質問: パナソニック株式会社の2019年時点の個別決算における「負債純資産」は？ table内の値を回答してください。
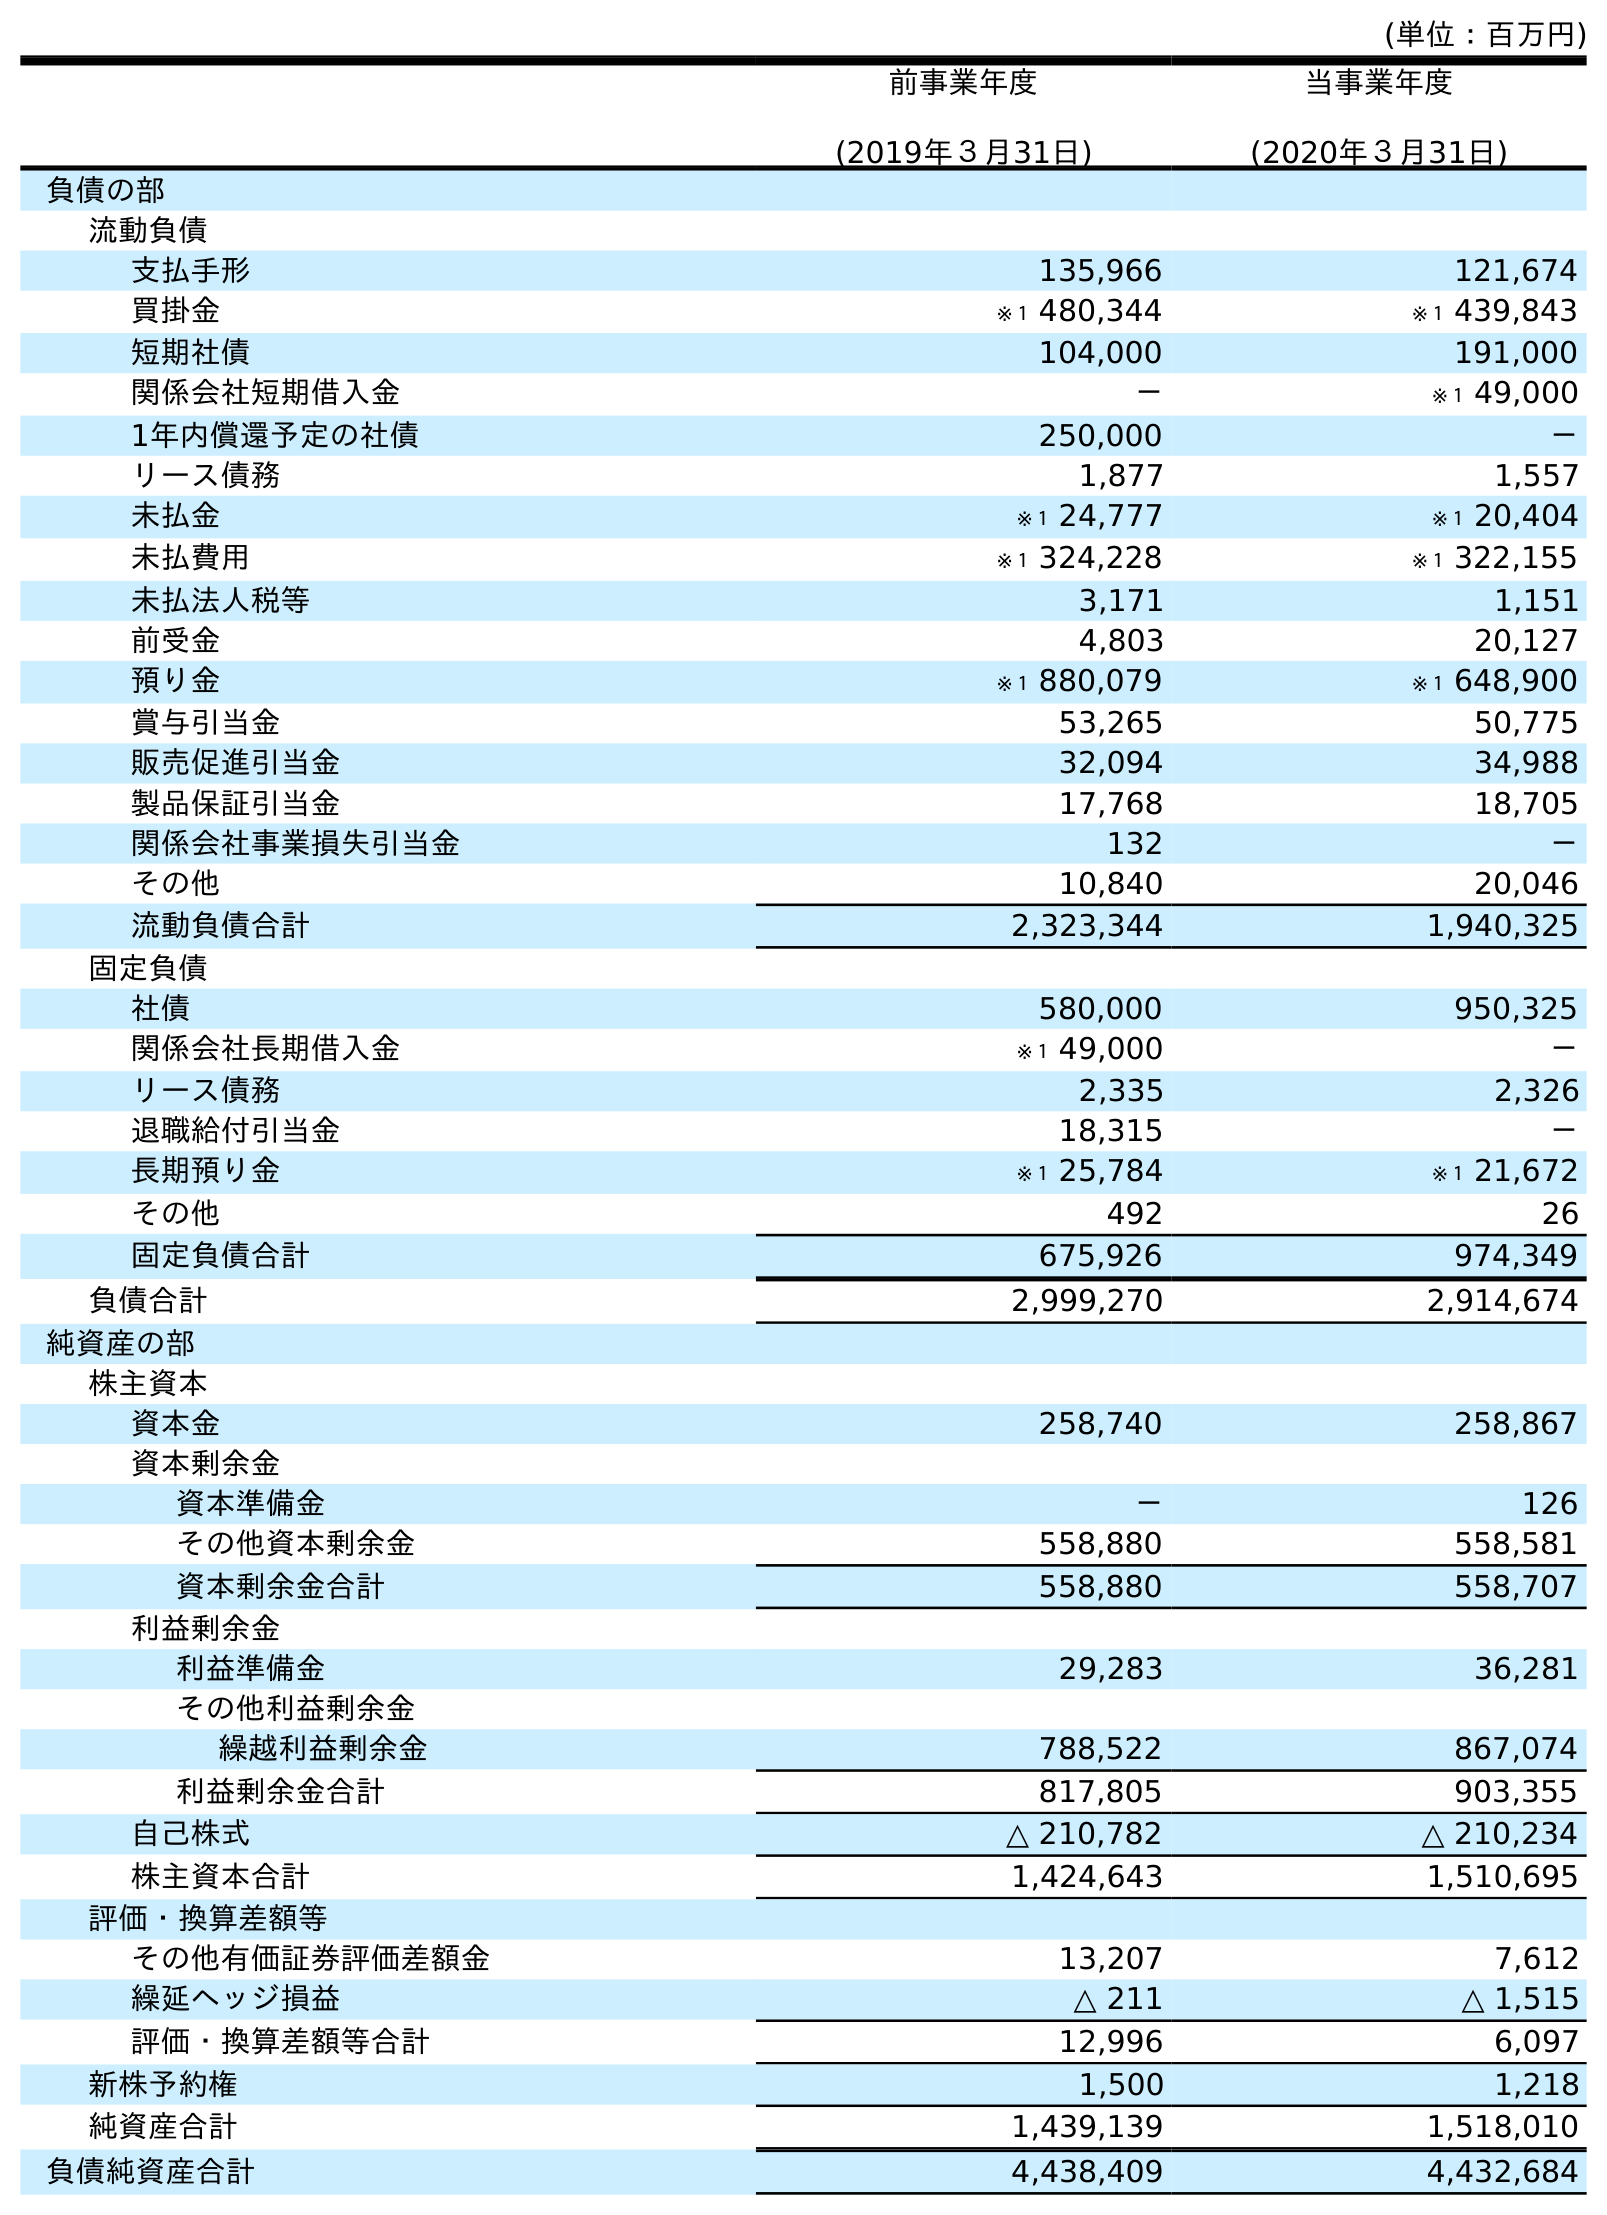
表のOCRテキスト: (単位：百万円) 前事業年度 (2019年３月31日) 当事業年度 (2020年３月31日) 負債の部 流動負債 支払手形 135,966 121,674 買掛金 ※１ 480,344 ※１ 439,843 短期社債 104,000 191,000 関係会社短期借入金 － ※１ 49,000 1年内償還予定の社債 250,000 － リース債務 1,877 1,557 未払金 ※１ 24,777 ※１ 20,404 未払費用 ※１ 324,228 ※１ 322,155 未払法人税等 3,171 1,151 前受金 4,803 20,127 預り金 ※１ 880,079 ※１ 648,900 賞与引当金 53,265 50,775 販売促進引当金 32,094 34,988 製品保証引当金 17,768 18,705 関係会社事業損失引当金 132 － その他 10,840 20,046 流動負債合計 2,323,344 1,940,325 固定負債 社債 580,000 950,325 関係会社長期借入金 ※１ 49,000 － リース債務 2,335 2,326 退職給付引当金 18,315 － 長期預り金 ※１ 25,784 ※１ 21,672 その他 492 26 固定負債合計 675,926 974,349 負債合計 2,999,270 2,914,674 純資産の部 株主資本 資本金 258,740 258,867 資本剰余金 資本準備金 － 126 その他資本剰余金 558,880 558,581 資本剰余金合計 558,880 558,707 利益剰余金 利益準備金 29,283 36,281 その他利益剰余金 繰越利益剰余金 788,522 867,074 利益剰余金合計 817,805 903,355 自己株式 △ 210,782 △ 210,234 株主資本合計 1,424,643 1,510,695 評価・換算差額等 その他有価証券評価差額金 13,207 7,612 繰延ヘッジ損益 △ 211 △ 1,515 評価・換算差額等合計 12,996 6,097 新株予約権 1,500 1,218 純資産合計 1,439,139 1,518,010 負債純資産合計 4,438,409 4,432,684
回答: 4,438,409